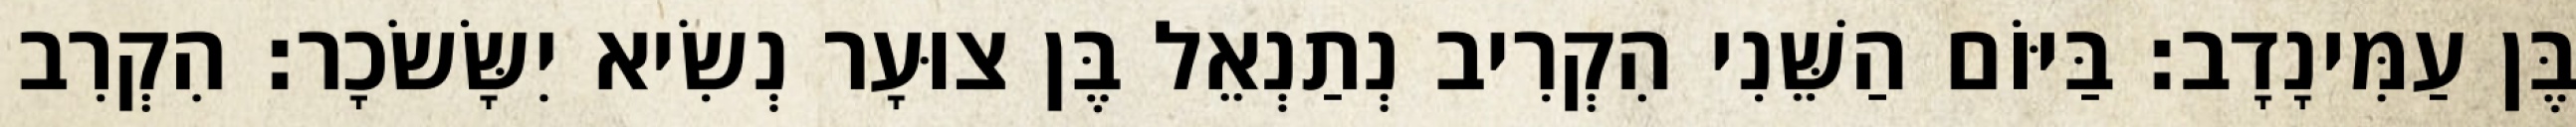
בֶּן עַמִּינָדָב׃ בַּיּוֹם הַשֵּׁנִי הִקְרִיב נְתַנְאֵל בֶּן צוּעָר נְשִׂיא יִשָּׂשׂכָר׃ הִקְרִב